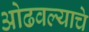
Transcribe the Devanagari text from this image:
ओढवल्याचे